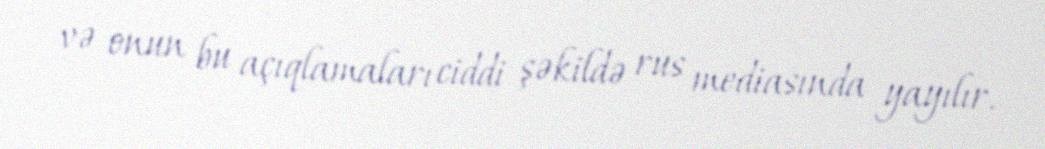
və onun bu açıqlamaları ciddi şəkildə rus mediasında yayılır.